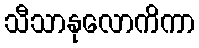
သီသာနုလောကိကာ